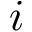
i